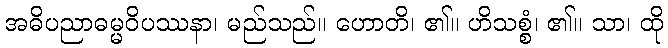
အဓိပညာဓမ္မဝိပဿနာ၊ မည်သည်။ ဟောတိ၊ ၏။ ဟိသစ္စံ၊ ၏။ သာ၊ ထို